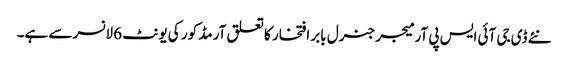
نئے ڈی جی آئی ایس پی آر میجر جنرل بابر افتخار کا تعلق آرمڈ کور کی یونٹ 6 لانسر سے ہے۔